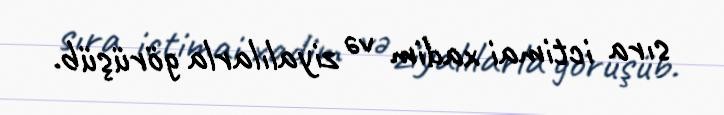
sıra ictimai xadim və ziyalılarla görüşüb.